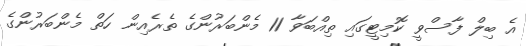
އެ ބިލް ފާސްވީ ކޮމިޓީގައި ތިއްބަވާ 11 މެންބަރުންގެ ތެރެއިން ހަތް މެންބަރުންގެ